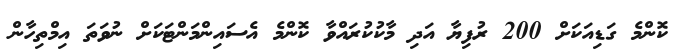
ކޮންމެ ގަޑިއަކަށް 200 ރުފިޔާ އަދި މާކުކުރައްވާ ކޮންމެ އެސައިންމަންޓަކަށް ނުވަތަ އިމްތިހާން